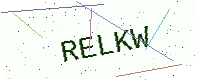
Text: RELKW